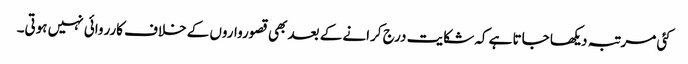
کئی مرتبہ دیکھا جاتا ہے کہ شکایت درج کرانے کے بعد بھی قصورواروں کے خلاف کارروائی نہیں ہوتی۔